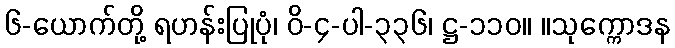
၆-ယောက်တို့ ရဟန်းပြုပုံ၊ ဝိ-၄-ပါ-၃၃၆၊ ဋ္ဌ-၁၁၀။ ။သုက္ကောဒန